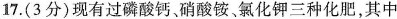
17.(3分)现有过磷酸钙、硝酸铵、氯化钾三种化肥，其中